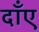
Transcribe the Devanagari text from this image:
दाँए